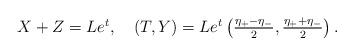
LaTeX: \begin{align*}\begin{array}{l}X+Z=Le^{t}, \quad (T,Y)=Le^{t}\left(\frac{\eta_{+}-\eta_{-}}{2},\frac{\eta_{+}+\eta_{-}}{2}\right).\end{array}\end{align*}